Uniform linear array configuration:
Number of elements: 24
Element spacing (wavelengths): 0.75
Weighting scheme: blackman
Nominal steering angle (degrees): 45
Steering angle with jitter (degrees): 46.284
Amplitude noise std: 0.05
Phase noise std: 0.05

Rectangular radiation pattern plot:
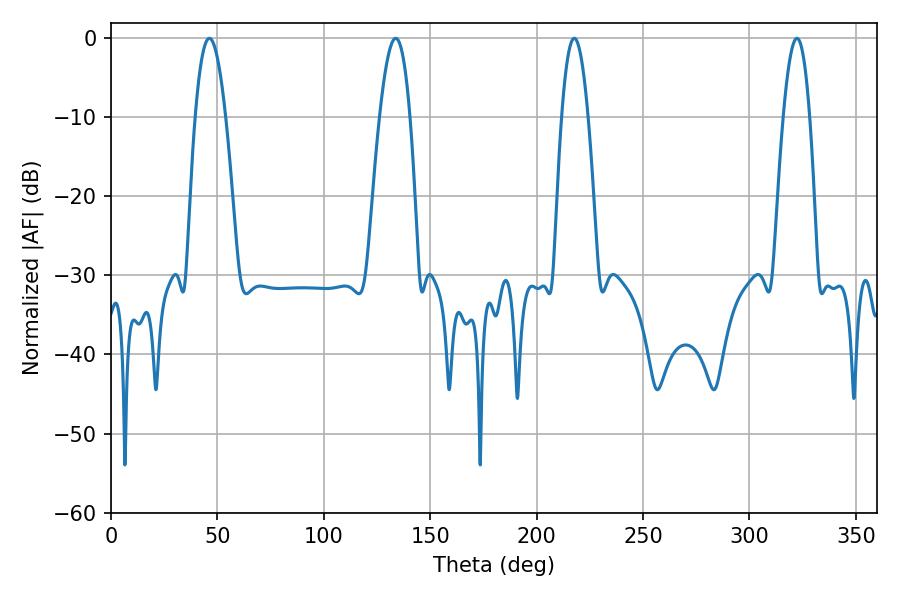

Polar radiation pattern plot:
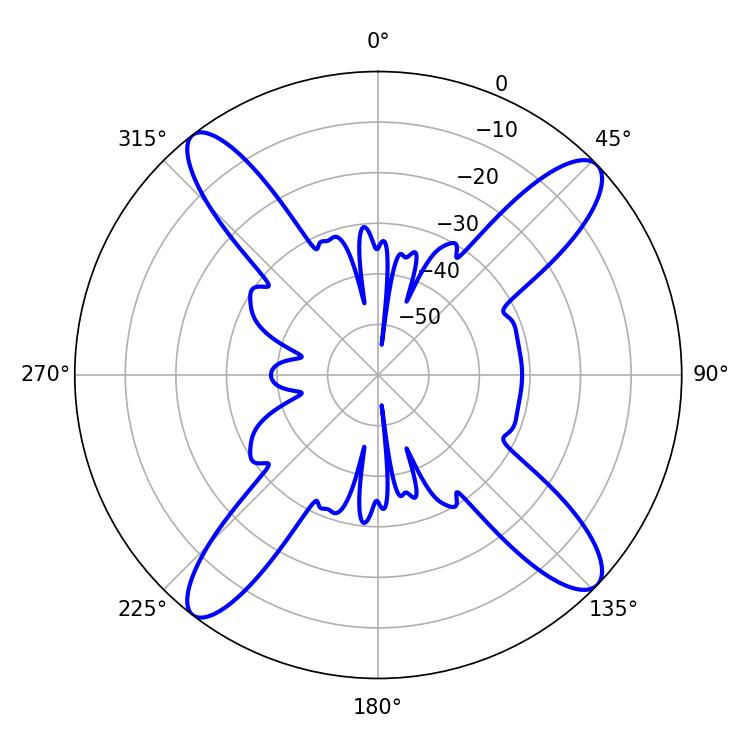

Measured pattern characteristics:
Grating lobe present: TRUE
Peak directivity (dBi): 15.484
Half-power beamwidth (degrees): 7.74
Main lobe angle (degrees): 46.26